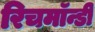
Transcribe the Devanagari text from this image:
रिचमॉन्डी